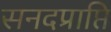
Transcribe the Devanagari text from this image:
सनदप्राप्ति